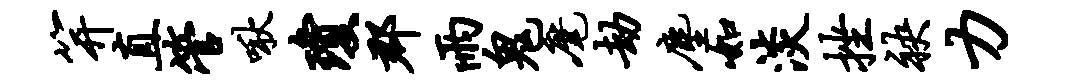
笄直管啾琼郡雨鬼麾劫尘如淡挫袂力